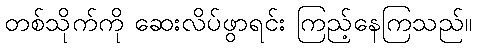
တစ်သိုက်ကို ဆေးလိပ်ဖွာရင်း ကြည့်နေကြသည်။